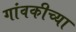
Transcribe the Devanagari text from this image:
गांवकीच्या